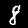
Label: 8